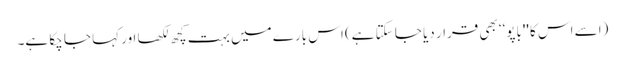
(اسے اس کا ''باپو‘‘ بھی قرار دیا جا سکتا ہے) اس بارے میں بہت کچھ لکھا اور کہا جا چکا ہے۔